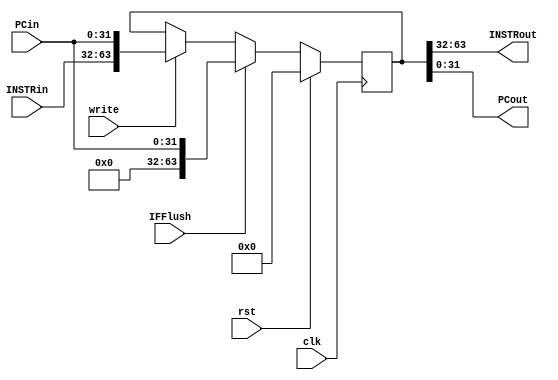
module IFID_Reg(INSTRout, PCin, PCout, INSTRin, write, clk, rst, IFFlush);

output [31:0] INSTRout, PCout;
input [31:0] INSTRin, PCin;
input clk, rst, IFFlush, write;
	
reg [63:0] state;
	
always @(posedge clk) begin
  if (rst == 1'b1)begin
    state <= 0;
  end
  else if (IFFlush == 1'b1)begin
    state <= {32'b0, PCin};
  end
  else begin
    if(write == 1'b1)
      state <= {INSTRin, PCin};
  end
		
end //always
	assign {INSTRout, PCout} = state;

endmodule